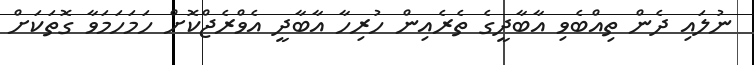
ނުލައި ދެން ތިއްބެވި އާބާދީގެ ތެރެއިން ހުރިހާ އާބާދީ އެވްރެޖްކޮށް ހަމަހަމަވާ ގޮތަކަށް